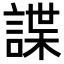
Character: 諜